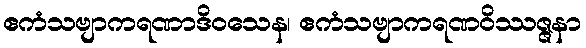
ဧကံသဗျာကရဏာဒိဝသေန၊ ဧကံသဗျာကရဏဝိဿဇ္ဇနာ